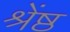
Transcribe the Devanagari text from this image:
श्रेंष्ठ